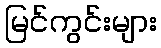
မြင်ကွင်းများ